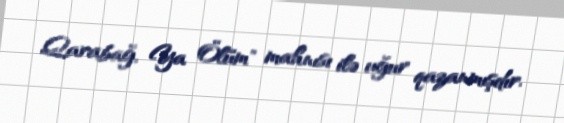
Qarabağ, Ya Ölüm" mahnısı ilə uğur qazanmışdır.